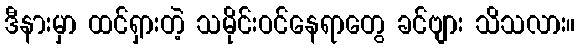
ဒီနားမှာ ထင်ရှားတဲ့ သမိုင်းဝင်နေရာတွေ ခင်ဗျား သိသလား။